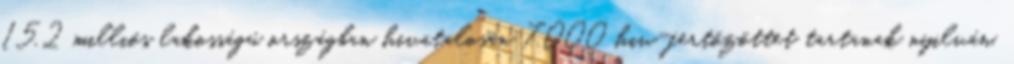
15,2 milliós lakosságú országban hivatalosan 7.000 hiv-fertőzöttet tartanak nyilván,